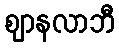
ဈာနလာဘီ